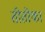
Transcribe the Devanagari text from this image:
तीतीका